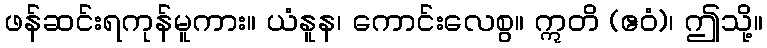
ဖန်ဆင်းရကုန်မူကား။ ယံနူန၊ ကောင်းလေစွ။ ဣတိ (ဧဝံ)၊ ဤသို့။